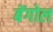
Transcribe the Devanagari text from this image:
बेंगोल